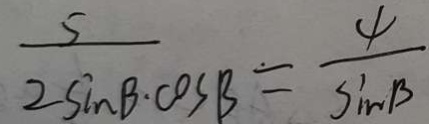
\frac { 5 } { 2 \sin B \cdot \cos B } = \frac { 4 } { \sin B }